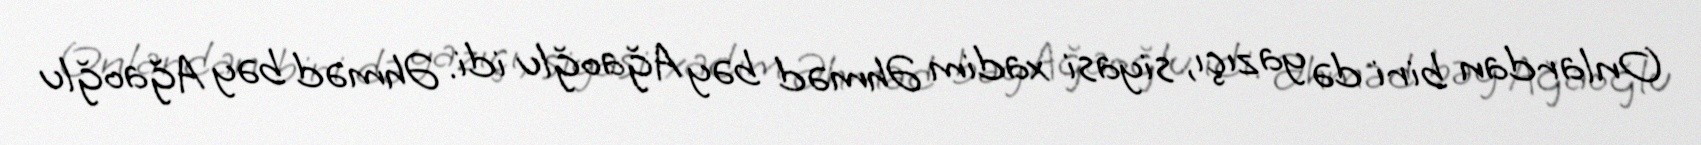
Onlardan biri də yazıçı, siyasi xadim Əhməd bəy Ağaoğlu idi. Əhməd bəy Ağaoğlu